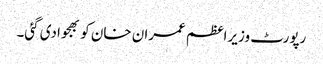
رپورٹ وزیراعظم عمران خان کو بھجوادی گئی۔